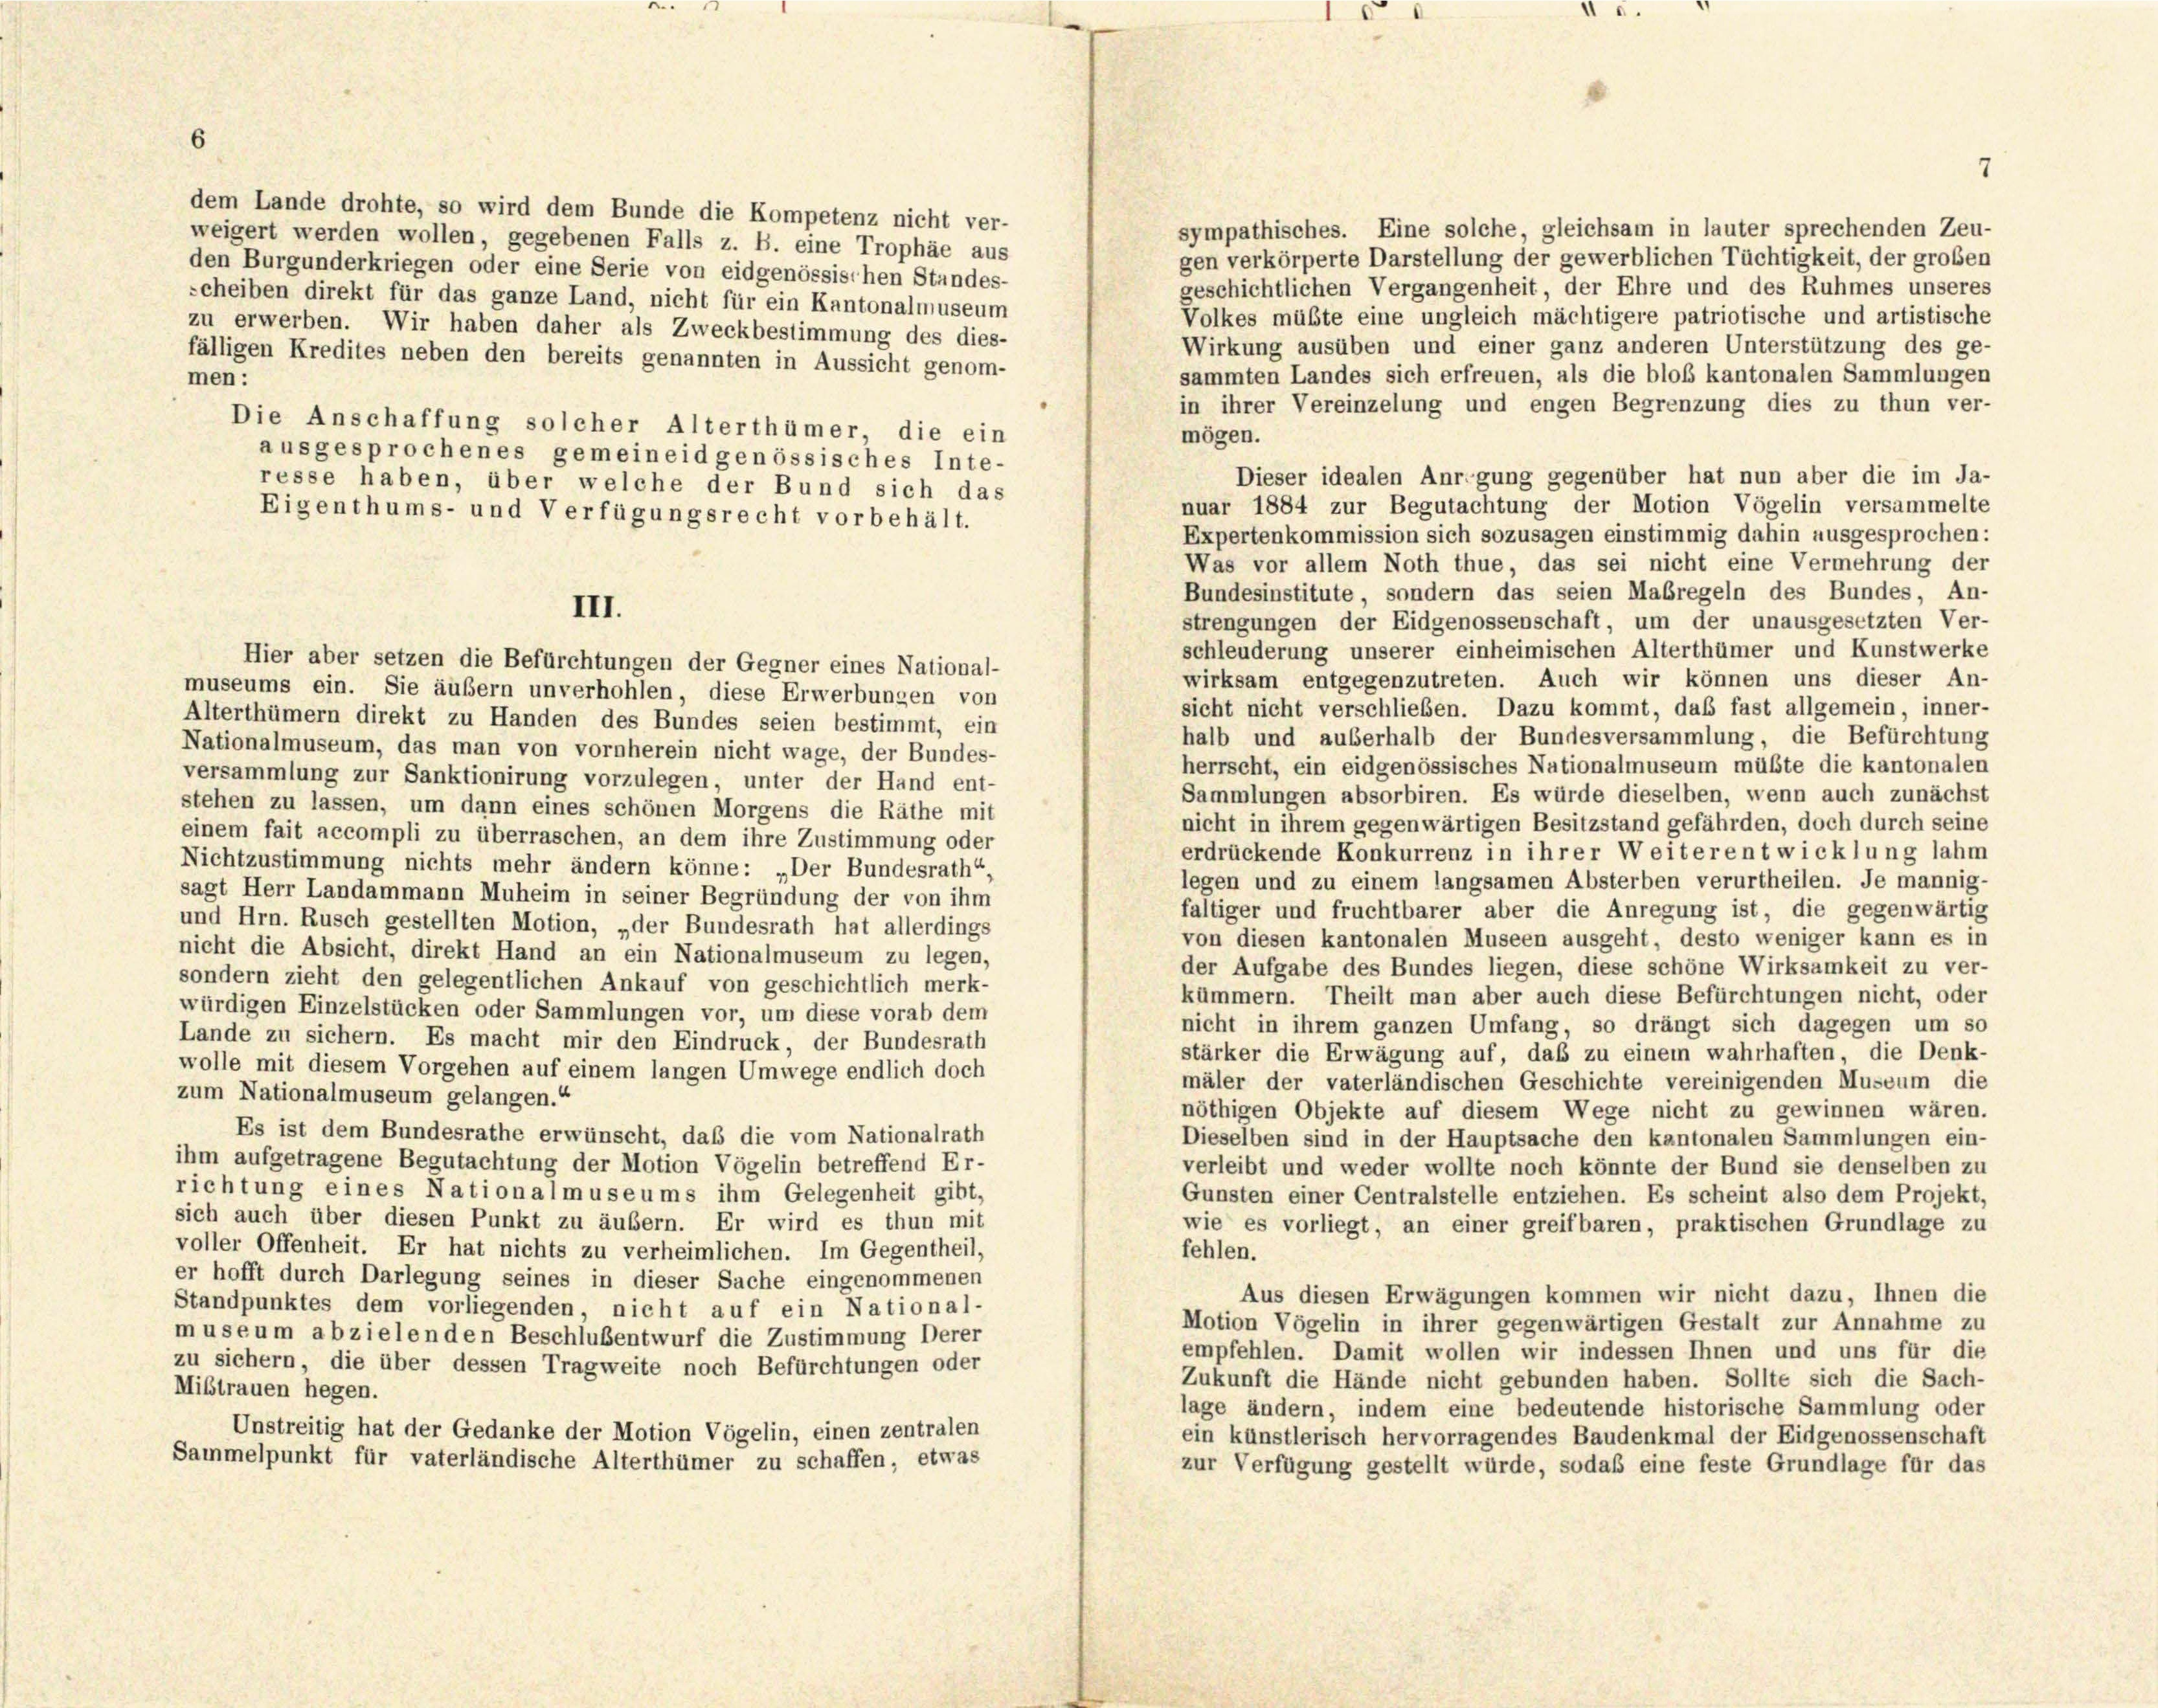
sympathisches. Eine solche, gleichsam in lauter sprechenden Zeu-
weigert werden wollen, gegebenen Falls z. B. eine Trophäe aus
gen verkörperte Darstellung der gewerblichen Tüchtigkeit, der großen
den Burgunderkriegen oder eine Serie von eidgenössischen Standes-
geschichtlichen Vergangenheit, der Ehre und des Ruhmes unseres
scheiben direkt für das ganze Land, nicht für ein Kantonalmuseum
Volkes müßte eine ungleich mächtigere patriotische und artistische
zu erwerben. Wir haben daher als Zweckbestimmung des dies-
Wirkung ausüben und einer ganz anderen Unterstützung des ge-
fälligen Kredites neben den bereits genannten in Aussicht genom-
sammten Landes sich erfreuen, als die bloß kantonalen Sammlungen
men:
in ihrer Vereinzelung und engen Begrenzung dies zu thun ver-
Die Anschaffung solcher Alterthümer die ein
mögen.
ausgesprochenes gemeineidgenössisches Inte-
Dieser idealen Anregung gegenüber hat nun aber die im Ja-
resse haben, über welche der Bund sich das
nuar 1884 zur Begutachtung der Motion Vögelin versammelte
Eigenthums- und Verfügungsrecht vorbehält.
Expertenkommission sich sozusagen einstimmig dahin ausgesprochen:
Was vor allem Noth thue, das sei nicht eine Vermehrung der
Bundesinstitute, sondern das seien Maßregeln des Bundes, An-
strengungen der Eidgenossenschaft, um der unausgesetzten Ver-
schleuderung unserer einheimischen Alterthümer und Kunstwerke
Hier aber setzen die Befürchtungen der Gegner eines National-
wirksam entgegenzutreten. Auch wir können uns dieser An-
museums ein. Sie äußern unverhohlen, diese Erwerbungen von
sicht nicht verschließen. Dazu kommt, daß fast allgemein, inner-
Alterthümern direkt zu Handen des Bundes seien bestimmt, ein
halb und auserhalb der Bundesversammlung, die Befürchtung
Nationalmuseum, das man von vornherein nicht wage, der Bundes-
herrscht, ein eidgenössisches Nationalmuseum müßte die kantonalen
versammlung zur Sanktionirung vorzulegen, unter der Hand ent-
Sammlungen absorbiren. Es würde dieselben, wenn auch zunächst
stehen zu lassen, um dann eines schönen Morgens die Räthe mit
nicht in ihrem gegenwärtigen Besitzstand gefährden, doch durch seine
einem fait accompli zu überraschen, an dem ihre Zustimmung oder
erdrückende Konkurrenz in ihrer Weiterentwicklung lahm
Nichtzustimmung nichts mehr ändern könne: „Der Bundesrath“,
legen und zu einem langsamen Absterben verurtheilen. Je mannig-
sagt Herr Landammann Muheim in seiner Begründung der von ihm
faltiger und fruchtbarer aber die Anregung ist, die gegenwärtig
und Hrn. Rusch gestellten Motion, „der Bundesrath hat allerdings
von diesen kantonalen Museen ausgeht, desto weniger kann es in
nicht die Absicht, direkt Hand an ein Nationalmuseum zu legen,
der Aufgabe des Bundes liegen, diese schöne Wirksamkeit zu ver-
sondern zieht den gelegentlichen Ankauf von geschichtlich merk-
kümmern. Theilt man aber auch diese Befürchtungen nicht, oder
würdigen Einzelstücken oder Sammlungen vor, um diese vorab dem
nicht in ihrem ganzen Umfang, so drängt sich dagegen um so
Lande zu sichern. Es macht mir den Eindruck, der Bundesrath
stärker die Erwägung auf, daß zu einem wahrhaften, die Denk-
wolle mit diesem Vorgehen auf einem langen Umwege endlich doch
mäler der vaterländischen Geschichte vereinigenden Museum die
zum Nationalmuseum gelangen.“
nöthigen Objekte auf diesem Wege nicht zu gewinnen wären.
Es ist dem Bundesrathe erwünscht, daß die vom Nationalrath
Dieselben sind in der Hauptsache den kantonalen Sammlungen ein-
ihm aufgetragene Begutachtung der Motion Vögelin betreffend Er-
verleibt und weder wollte noch könnte der Bund sie denselben zu
richtung eines Nationalmuseums ihm Gelegenheit gibt,
Gunsten einer Centralstelle entziehen. Es scheint also dem Projekt,
sich auch über diesen Punkt zu äußern. Er wird es thun mit
wie es vorliegt, an einer greifbaren, praktischen Grundlage zu
voller Offenheit. Er hat nichts zu verheimlichen. Im Gegentheil,
fehlen.
er hofft durch Darlegung seines in dieser Sache eingenommenen
Aus diesen Erwägungen kommen wir nicht dazu, Ihnen die
Standpunktes dem vorliegenden, nicht auf ein National-
Motion Vögelin in ihrer gegenwärtigen Gestalt zur Annahme zu
museum abzielenden Beschlußentwurf die Zustimmung Derer
empfehlen. Damit wollen wir indessen Ihnen und uns für die
zu sichern, die über dessen Tragweite noch Befürchtungen oder
Zukunft die Hände nicht gebunden haben. Sollte sich die Sach-
Mißtrauen hegen.
lage ändern, indem eine bedeutende historische Sammlung oder
Unstreitig hat der Gedanke der Motion Vögelin, einen zentralen
ein künstlerisch hervorragendes Baudenkmal der Eidgenossenschaft
Sammelpunkt für vaterländische Alterthümer zu schaffen, etwas
zur Verfügung gestellt würde, sodaß eine feste Grundlage für das

dem Lande drohte, so wird dem Bunde die Kompetenz nicht ver-

III.